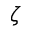
\zeta